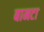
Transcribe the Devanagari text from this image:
बामटा